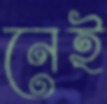
নেই